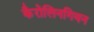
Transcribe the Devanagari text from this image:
कैरोलिनगियन